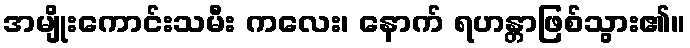
အမျိုးကောင်းသမီး ကလေး၊ နောက် ရဟန္တာဖြစ်သွား၏။